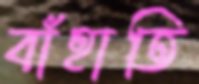
বাঁহাতি